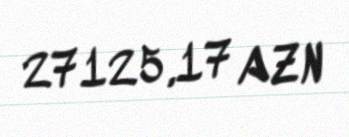
27125,17 AZN